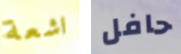
اشعة حافل